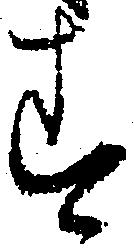
す